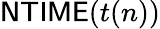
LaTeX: {\mathsf{NTIME}}(t(n))